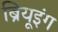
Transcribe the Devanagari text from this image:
ब्रियूइंग